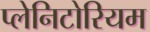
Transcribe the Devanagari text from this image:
प्लेनिटोरियम